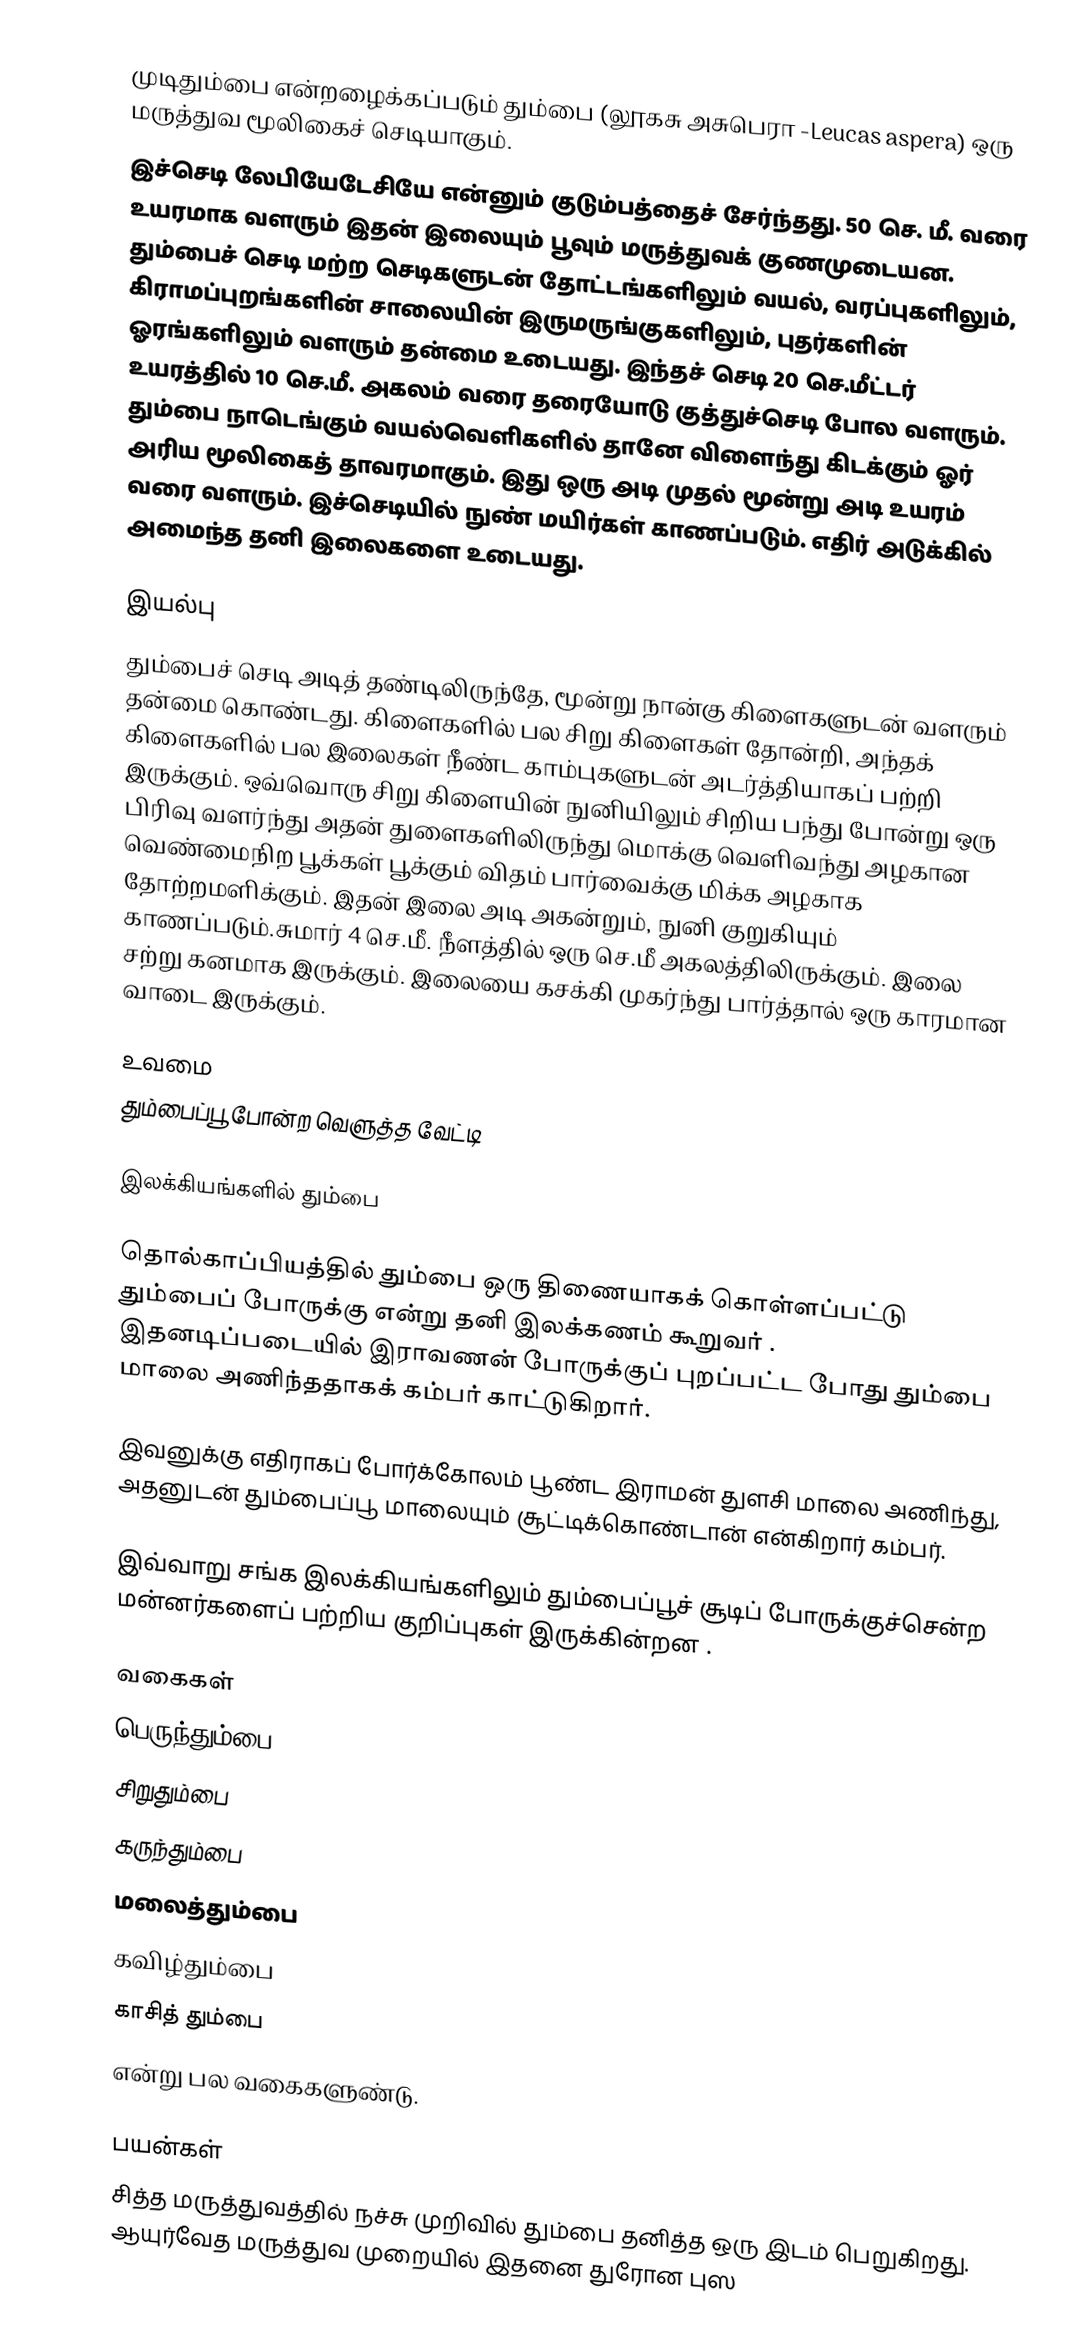
முடிதும்பை என்றழைக்கப்படும் தும்பை (லூகசு அசுபெரா -Leucas aspera) ஒரு மருத்துவ மூலிகைச் செடியாகும்.
இச்செடி லேபியேடேசியே என்னும் குடும்பத்தைச் சேர்ந்தது. 50 செ. மீ. வரை உயரமாக வளரும் இதன் இலையும் பூவும் மருத்துவக் குணமுடையன. தும்பைச் செடி மற்ற செடிகளுடன் தோட்டங்களிலும் வயல், வரப்புகளிலும், கிராமப்புறங்களின் சாலையின் இருமருங்குகளிலும், புதர்களின் ஓரங்களிலும் வளரும் தன்மை உடையது. இந்தச் செடி 20 செ.மீட்டர் உயரத்தில் 10 செ.மீ. அகலம் வரை தரையோடு குத்துச்செடி போல வளரும். தும்பை  நாடெங்கும் வயல்வெளிகளில் தானே விளைந்து கிடக்கும் ஓர் அரிய மூலிகைத் தாவரமாகும். இது ஒரு அடி முதல் மூன்று அடி உயரம் வரை வளரும். இச்செடியில் நுண் மயிர்கள் காணப்படும். எதிர் அடுக்கில் அமைந்த தனி இலைகளை உடையது.

இயல்பு
தும்பைச் செடி அடித் தண்டிலிருந்தே, மூன்று நான்கு கிளைகளுடன் வளரும் தன்மை கொண்டது.  கிளைகளில் பல சிறு கிளைகள் தோன்றி, அந்தக் கிளைகளில் பல இலைகள் நீண்ட காம்புகளுடன் அடர்த்தியாகப் பற்றி இருக்கும்.  ஒவ்வொரு சிறு கிளையின் நுனியிலும் சிறிய பந்து போன்று ஒரு பிரிவு வளர்ந்து அதன் துளைகளிலிருந்து மொக்கு வெளிவந்து அழகான வெண்மைநிற பூக்கள் பூக்கும் விதம் பார்வைக்கு மிக்க அழகாக தோற்றமளிக்கும். இதன் இலை அடி அகன்றும், நுனி குறுகியும் காணப்படும்.சுமார் 4 செ.மீ. நீளத்தில் ஒரு செ.மீ அகலத்திலிருக்கும்.  இலை சற்று கனமாக இருக்கும்.  இலையை கசக்கி முகர்ந்து பார்த்தால் ஒரு காரமான வாடை இருக்கும்.

உவமை
தும்பைப்பூ போன்ற வெளுத்த வேட்டி

இலக்கியங்களில் தும்பை

தொல்காப்பியத்தில் தும்பை ஒரு திணையாகக் கொள்ளப்பட்டு தும்பைப் போருக்கு என்று  தனி இலக்கணம்  கூறுவர் . இதனடிப்படையில் இராவணன் போருக்குப் புறப்பட்ட போது தும்பை மாலை அணிந்ததாகக் கம்பர் காட்டுகிறார்.

இவனுக்கு எதிராகப் போர்க்கோலம் பூண்ட இராமன் துளசி மாலை அணிந்து, அதனுடன் தும்பைப்பூ மாலையும் சூட்டிக்கொண்டான் என்கிறார் கம்பர்.

இவ்வாறு சங்க இலக்கியங்களிலும் தும்பைப்பூச் சூடிப் போருக்குச்சென்ற மன்னர்களைப் பற்றிய குறிப்புகள் இருக்கின்றன .

வகைகள்
 பெருந்தும்பை
 சிறுதும்பை
 கருந்தும்பை
 மலைத்தும்பை
 கவிழ்தும்பை
 காசித் தும்பை
என்று பல வகைகளுண்டு.

பயன்கள்
சித்த மருத்துவத்தில் நச்சு முறிவில் தும்பை தனித்த ஒரு இடம் பெறுகிறது. ஆயுர்வேத மருத்துவ முறையில் இதனை துரோன புஸ